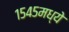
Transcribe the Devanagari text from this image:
१५४५मध्ये